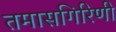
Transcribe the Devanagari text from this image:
तमासगिरिणी